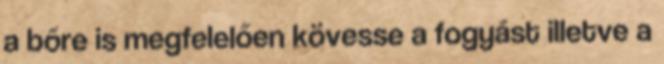
a bőre is megfelelően kövesse a fogyást illetve a